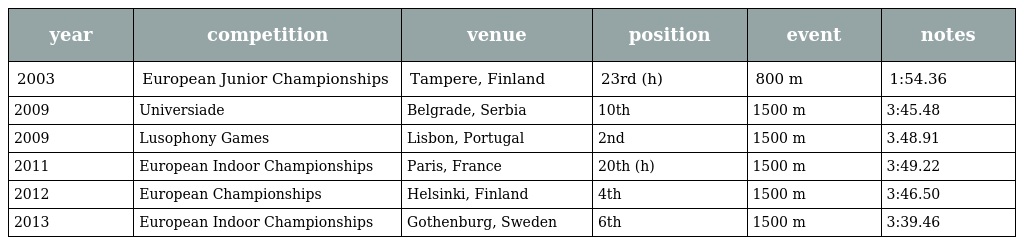
| year | competition | venue | position | event | notes |
 | --- | --- | --- | --- | --- | --- |
 | 2003 | European Junior Championships | Tampere, Finland | 23rd (h) | 800 m | 1:54.36 |
 | 2009 | Universiade | Belgrade, Serbia | 10th | 1500 m | 3:45.48 |
 | 2009 | Lusophony Games | Lisbon, Portugal | 2nd | 1500 m | 3.48.91 |
 | 2011 | European Indoor Championships | Paris, France | 20th (h) | 1500 m | 3:49.22 |
 | 2012 | European Championships | Helsinki, Finland | 4th | 1500 m | 3:46.50 |
 | 2013 | European Indoor Championships | Gothenburg, Sweden | 6th | 1500 m | 3:39.46 |